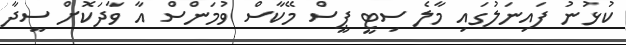
ކުޅުނު ފައިނަލުގައި މާލެ ސިޓީ ޕީސް މޭކާސް ވުމަންސް އާ ވާދަކޮށް ސީދާ